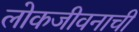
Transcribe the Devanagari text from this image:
लोकजीवनाची